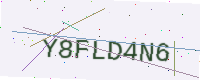
Text: Y8FLD4N6